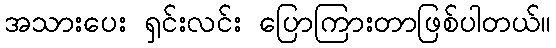
အသားပေး ရှင်းလင်း ပြောကြားတာဖြစ်ပါတယ်။